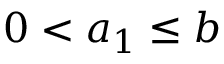
0 < a _ { 1 } \leq b